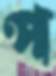
প